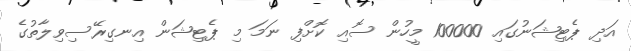
އަދި ޕެޓިޝަނުގައި 100000 މީހުން ސޮއި ކޮށްފި ނަމަ މި ޕެޓިޝަން އިނގިރޭސިވިލާތުގެ